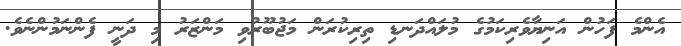
އެންމެ ފަހުން އަނިޔާވެރިކަމުގެ މުލައްދަނޑި ތިރިކުރަން މަޖުބޫރުވި މަންޒަރު މި ދަނީ ފެންނަމުންނެވެ.